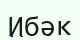
Ибәк